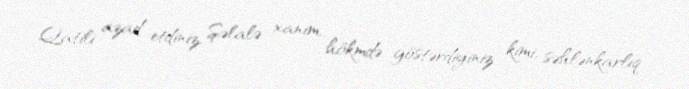
Qatili azad etdiniz, Şəlalə xanım, hökmdə göstərdiyiniz kimi, səhlənkarlıq